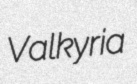
Valkyria